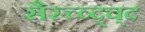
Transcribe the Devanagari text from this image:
सैस्च्व्द्च्द